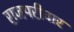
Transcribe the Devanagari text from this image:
राजपरीवार